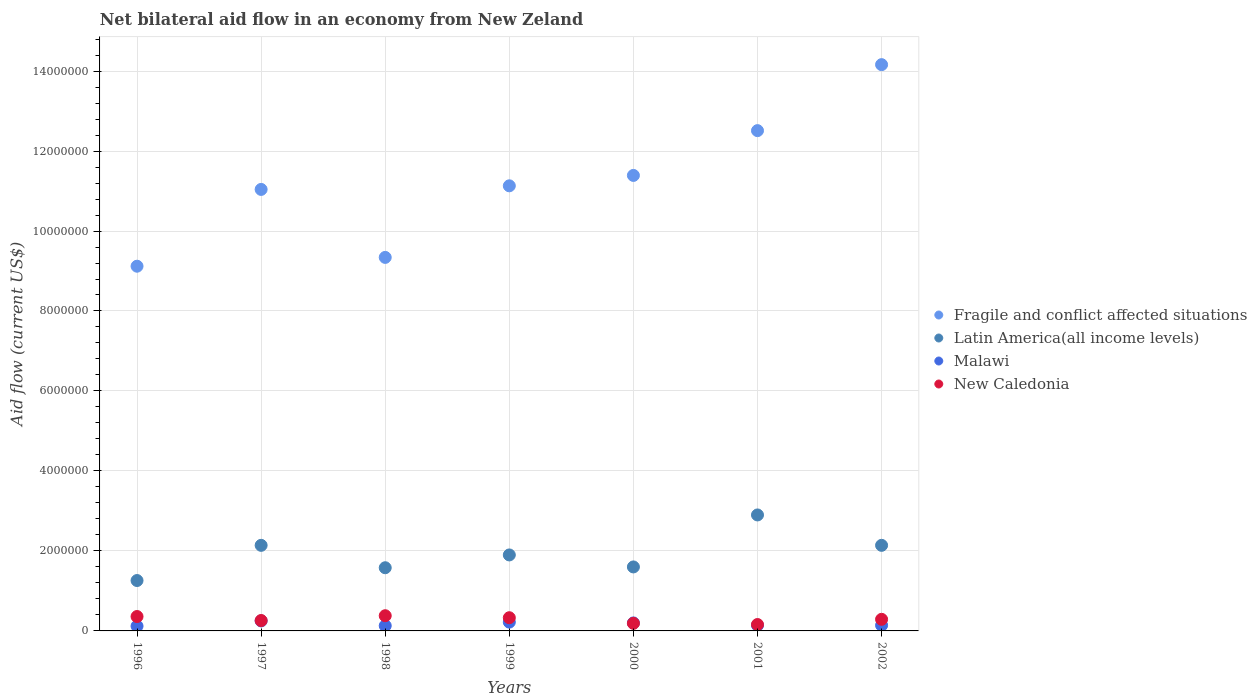
| Years | Fragile and conflict affected situations | Latin America(all income levels) | Malawi | New Caledonia |
 | --- | --- | --- | --- | --- |
 | 1996 | 9.12e+06 | 1.26e+06 | 1.2e+05 | 3.6e+05 |
 | 1997 | 1.1e+07 | 2.14e+06 | 2.5e+05 | 2.6e+05 |
 | 1998 | 9.34e+06 | 1.58e+06 | 1.3e+05 | 3.8e+05 |
 | 1999 | 1.11e+07 | 1.9e+06 | 2.2e+05 | 3.3e+05 |
 | 2000 | 1.14e+07 | 1.6e+06 | 2e+05 | 1.9e+05 |
 | 2001 | 1.25e+07 | 2.9e+06 | 1.4e+05 | 1.6e+05 |
 | 2002 | 1.42e+07 | 2.14e+06 | 1.4e+05 | 2.9e+05 |